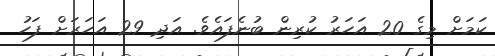
ކަމަށް މިގެ 20 އަހަރު ކުރިން ބުނެފައެވެ. އަދި 29 އަހަރަށް ފަހު